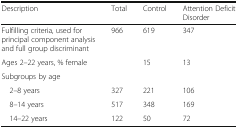
| Description | Total | Control | Attention Deficit Disorder |
 | --- | --- | --- | --- |
 | Fulfilling criteria, used for principal component analysis and full group discriminant | 966 | 619 | 347 |
 | Ages 2–22 years, % female |  | 15 | 13 |
 | <COLSPAN=4> Subgroups by age |
 | 2–8 years | 327 | 221 | 106 |
 | 8–14 years | 517 | 348 | 169 |
 | 14–22 years | 122 | 50 | 72 |